Plague in India, 1896, 1897 - Volume 2
Year: 1896
Disease focus: Plague
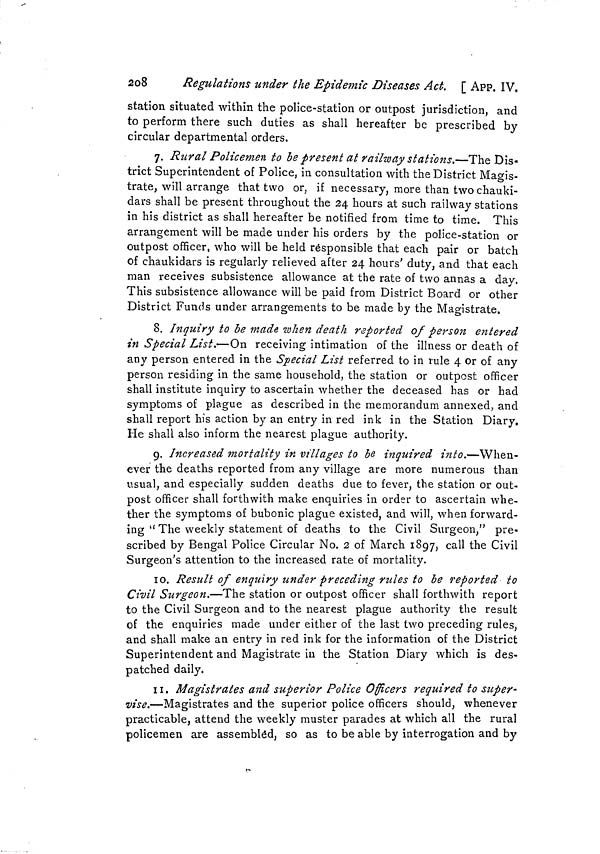
251
APP. IX. ]
spread of infection by sea.
night except in the case of mail steamers may cause inconvenience to
mercantile community. They would therefore be obliged if it could
be ascertained from Chamber of Commerce whether it would be incon-
venient or not and are disposed to think that if inconvenience would
result, it would be desirable to prevent it by appointing second
medical officer.
No. 57.
Telegram, dated Bombay, the 18th February 1897.
From—The Secretary to the Government of Bombay, General Depart-
ment,
To—The Secretary to the Government of India, Home Department.
Your telegram 412. Chamber of Commerce consider prohibition
of Aden medical inspecting by night inconvenient and that it is
desirable to prevent such inconvenience by appointing second medi-
cal officer.
No. 58.
Telegram No. 639, dated Calcutta, the 20th February 1897.
From—The Secretary to the Government of India, Home Department,
To—The Secretary to the Government of Bombay, General Department.
Your telegram dated 18th. Please issue modifications rule 3 of
quarantine rules requiring medical inspection of all vessels irrespec-
tive of time of arrival and depute medical officer to assist Port
Surgeon, Aden. Please telegraph date of issue of modified rule and
send copy for publication in Gazette of India.
No. 59.
Telegram, dated 23rd February 1897.
From—The Secretary to the Government of Bombay, General Department,
To—Home, Calcutta.
Your telegram No. 639 of 20th. Notification modifying rule III
issued to-day.
No. 60.
No. 1055, dated Bombay Castle, the 26th February 1897.
From—J. DEC. ATKINS, Esq., I.C.S., Secretary to the Government of
Bombay, General Department,
To—The Secretary to the Government of India, Home Department.
In continuation of my telegram of the 23rd instant, I am directed
to forward herewith copy of the notification issued by this Government
modifying rule III of the rules for quarantine at Aden against arrivals
from Bombay and Karachi.